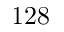
1 2 8